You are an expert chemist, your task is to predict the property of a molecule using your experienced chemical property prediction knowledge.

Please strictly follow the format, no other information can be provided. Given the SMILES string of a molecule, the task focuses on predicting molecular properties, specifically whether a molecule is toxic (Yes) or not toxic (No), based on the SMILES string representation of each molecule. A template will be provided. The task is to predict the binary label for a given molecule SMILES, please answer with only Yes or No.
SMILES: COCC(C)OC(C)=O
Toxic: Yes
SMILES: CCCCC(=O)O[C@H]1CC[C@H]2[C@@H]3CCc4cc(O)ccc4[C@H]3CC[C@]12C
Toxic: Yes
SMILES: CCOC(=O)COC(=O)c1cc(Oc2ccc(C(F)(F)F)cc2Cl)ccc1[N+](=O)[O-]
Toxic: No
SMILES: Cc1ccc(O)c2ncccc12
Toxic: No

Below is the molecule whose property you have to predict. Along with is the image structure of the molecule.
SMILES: Clc1ccc2nsnc2c1NC1=NCCN1
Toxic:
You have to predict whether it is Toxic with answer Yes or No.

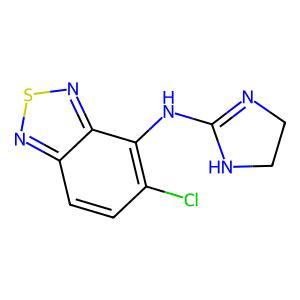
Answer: Yes